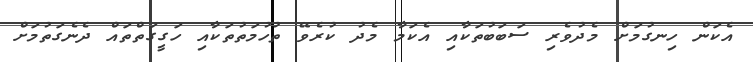
އެކަން ހިނގުމަށް މެދުވެރި ސަބަބުތަކާއި އެކަމާ މެދު ކުރެވޭ ތުހުމަތުތަކާއި ހަގީގަތްތައް ދެނެގަތުމަށް